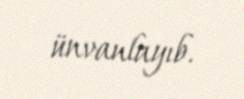
ünvanlayıb.